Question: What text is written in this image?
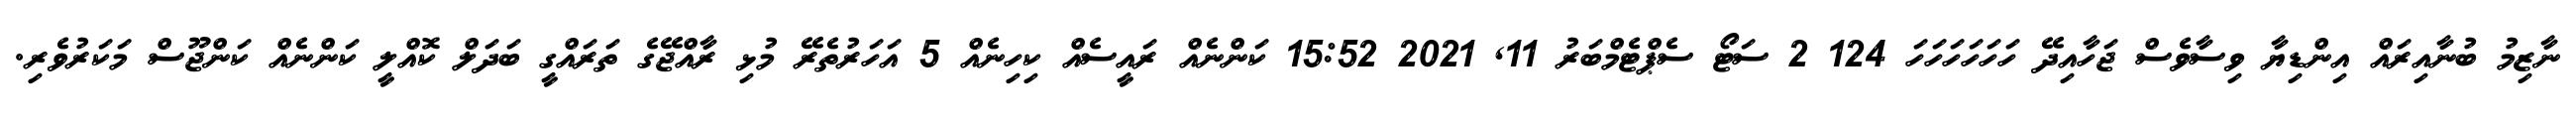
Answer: ނާޒިމު ބުނާއިރައް އިންޑިޔާ ވިސާވެސް ޖަހާއިދޭ ހަހަހަހަހަހަ 124 2 ސަޓޯ ސެޕްޓެމްބަރު 11, 2021 15:52 ކަންނެއް ރައީސެއް ކިހިނެއް 5 އަހަރުތެރޭ މުޅި ރާއްޖޭގެ ތަރައްގީ ބަދަލް ކޮއްލީ ކަންނެއް ކަންޖޫސް މަކަރުވެރި.